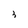
Character: 3